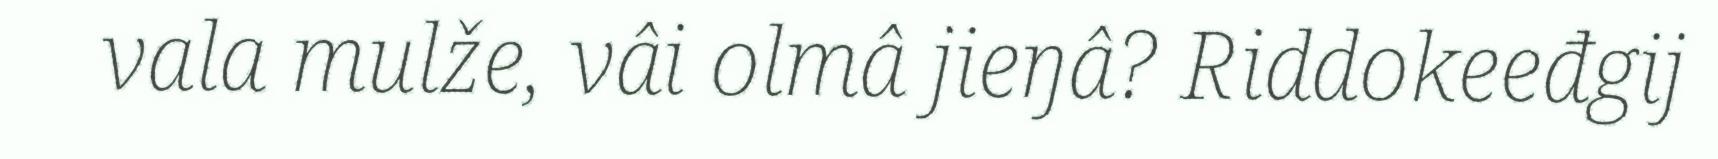
vala mulže, vâi olmâ jieŋâ? Riddokeeđgij